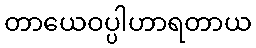
တာယေဝပ္ပါဟာရတာယ